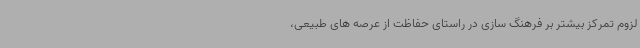
لزوم تمرکز بیشتر بر فرهنگ سازی در راستای حفاظت از عرصه های طبیعی،